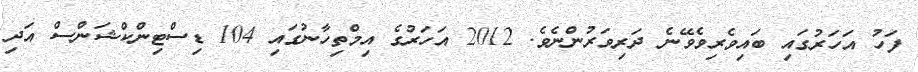
ފަހު އަހަރުގައި ބައިވެރިވެވޭނެ ދަރިވަރުންނެވެ. 2012 އަހަރުގެ އިމްތިހާނުގައި 104 ޑިސްޓިންކްޝަންސް އަދި